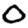
Digit: 0